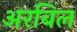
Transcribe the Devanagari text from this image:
अरबिल